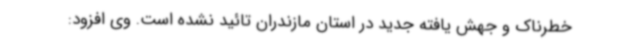
خطرناک و جهش یافته جدید در استان مازندران تائید نشده است. وی افزود: